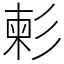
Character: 𢒞